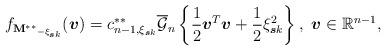
LaTeX: \begin{align*}f_{\mathbf{M^{\ast\ast}}_{-\xi_{\boldsymbol{s}k}}}(\boldsymbol{v})=c_{n-1,\xi_{\boldsymbol{s}k}}^{\ast\ast}\overline{\mathcal{G}}_{n}\left\{\frac{1}{2}\boldsymbol{v}^{T}\boldsymbol{v}+\frac{1}{2}\xi_{\boldsymbol{s}k}^{2}\right\},~\boldsymbol{v}\in \mathbb{R}^{n-1},\end{align*}